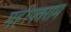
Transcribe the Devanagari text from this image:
महीपतराम